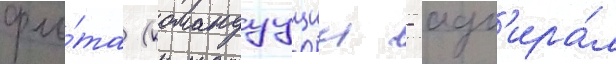
фло́та (командуущии - адм'ира́л